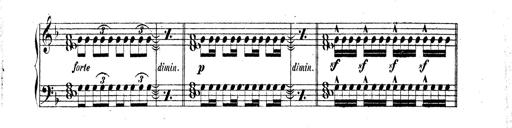
Title: Technische Studien
Composer: Franz Liszt